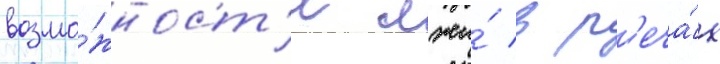
возмо́жност'и лжи́ в р'еча́х